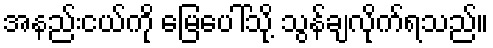
အနည်းငယ်ကို မြေပေါ်သို့ သွန်ချလိုက်ရသည်။